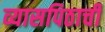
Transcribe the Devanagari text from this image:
व्यासपिठाची